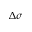
\boldsymbol { \Delta \sigma }